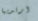
ارتديها